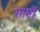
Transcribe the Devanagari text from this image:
सार्सी